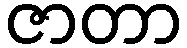
ဇာတာ